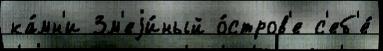
ка́мн'и Зм'еjи́ный о́стров'е с'еб'е́